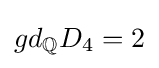
gd_{\mathbb {Q} }D_{4}=2